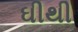
ઘીથી